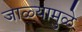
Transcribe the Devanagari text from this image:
जाळ्यामुळे